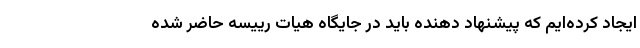
ایجاد کرده‌ایم که پیشنهاد دهنده باید در جایگاه هیات رییسه حاضر شده